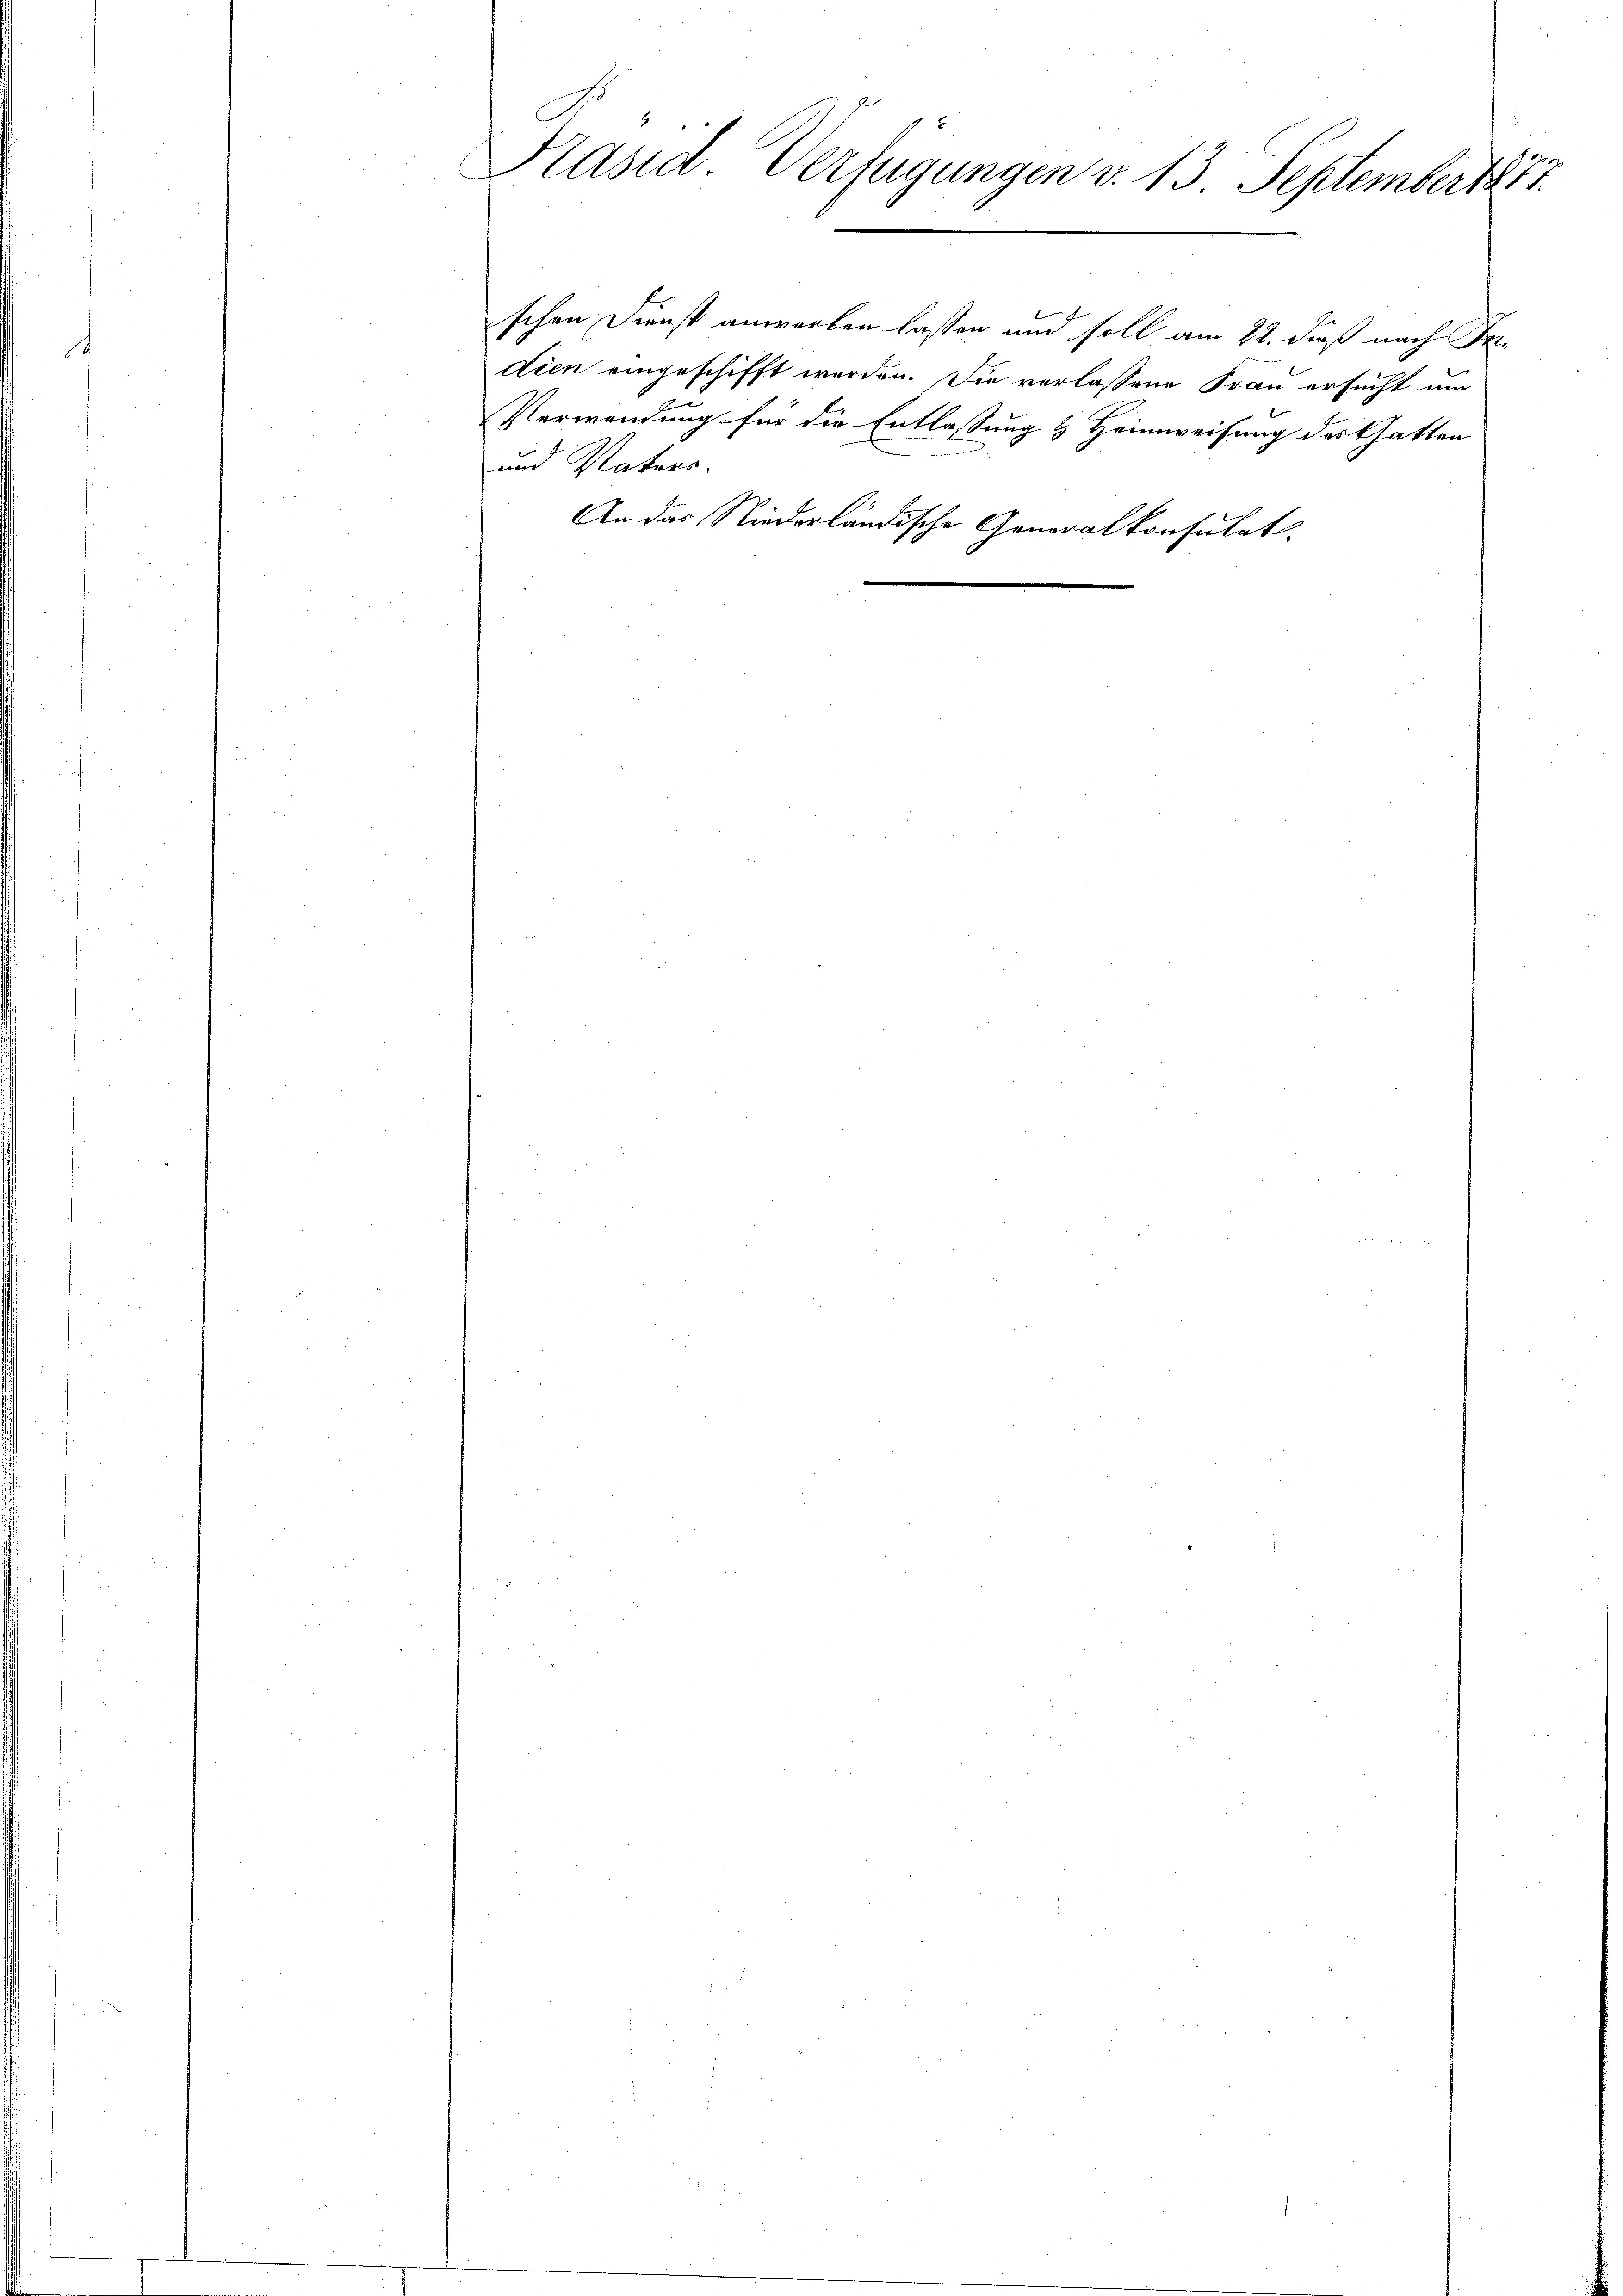
Kasid Verfügungen v. 13. September 1881.

und Vaters.
An das Niederländische Generalkonsulat

schen Dienst anwerben lassen und soll am 22. daß nach Fr.
dien eingeschifft werden. Die verlassene Frau ersucht um
Verwendung für die Entlassung & Heimweisung des Gatten